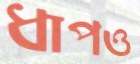
ধাপও